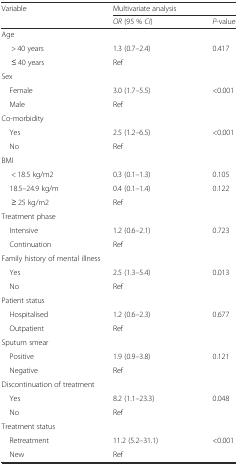
<table><thead><tr><td rowspan="2"><b>Variable</b></td><td colspan="2"><b>Multivariate analysis</b></td></tr><tr><td><b><i>OR</i> (95 % <i>CI</i>)</b></td><td><b><i>P</i>-value</b></td></tr></thead><tbody><tr><td colspan="3">Age</td></tr><tr><td>&gt; 40 years</td><td>1.3 (0.7–2.4)</td><td>0.417</td></tr><tr><td>≤ 40 years</td><td>Ref</td><td></td></tr><tr><td colspan="3">Sex</td></tr><tr><td> Female</td><td>3.0 (1.7–5.5)</td><td>&lt;0.001</td></tr><tr><td> Male</td><td>Ref</td><td></td></tr><tr><td colspan="3">Co-morbidity</td></tr><tr><td> Yes</td><td>2.5 (1.2–6.5)</td><td>&lt;0.001</td></tr><tr><td> No</td><td>Ref</td><td></td></tr><tr><td colspan="3">BMI</td></tr><tr><td>&lt; 18.5 kg/m2</td><td>0.3 (0.1–1.3)</td><td>0.105</td></tr><tr><td> 18.5–24.9 kg/m</td><td>0.4 (0.1–1.4)</td><td>0.122</td></tr><tr><td>≥ 25 kg/m2</td><td>Ref</td><td></td></tr><tr><td colspan="3">Treatment phase</td></tr><tr><td> Intensive</td><td>1.2 (0.6–2.1)</td><td>0.723</td></tr><tr><td> Continuation</td><td>Ref</td><td></td></tr><tr><td colspan="3">Family history of mental illness</td></tr><tr><td> Yes</td><td>2.5 (1.3–5.4)</td><td>0.013</td></tr><tr><td> No</td><td>Ref</td><td></td></tr><tr><td colspan="3">Patient status</td></tr><tr><td> Hospitalised</td><td>1.2 (0.6–2.3)</td><td>0.677</td></tr><tr><td> Outpatient</td><td>Ref</td><td></td></tr><tr><td colspan="3">Sputum smear</td></tr><tr><td> Positive</td><td>1.9 (0.9–3.8)</td><td>0.121</td></tr><tr><td> Negative</td><td>Ref</td><td></td></tr><tr><td colspan="3">Discontinuation of treatment</td></tr><tr><td> Yes</td><td>8.2 (1.1–23.3)</td><td>0.048</td></tr><tr><td> No</td><td>Ref</td><td></td></tr><tr><td colspan="3">Treatment status</td></tr><tr><td> Retreatment</td><td>11.2 (5.2–31.1)</td><td>&lt;0.001</td></tr><tr><td> New</td><td>Ref</td><td></td></tr></tbody></table>